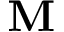
\mathbf { M }